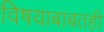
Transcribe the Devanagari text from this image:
विषयाबाबतही